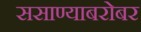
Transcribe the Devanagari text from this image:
ससाण्याबरोबर